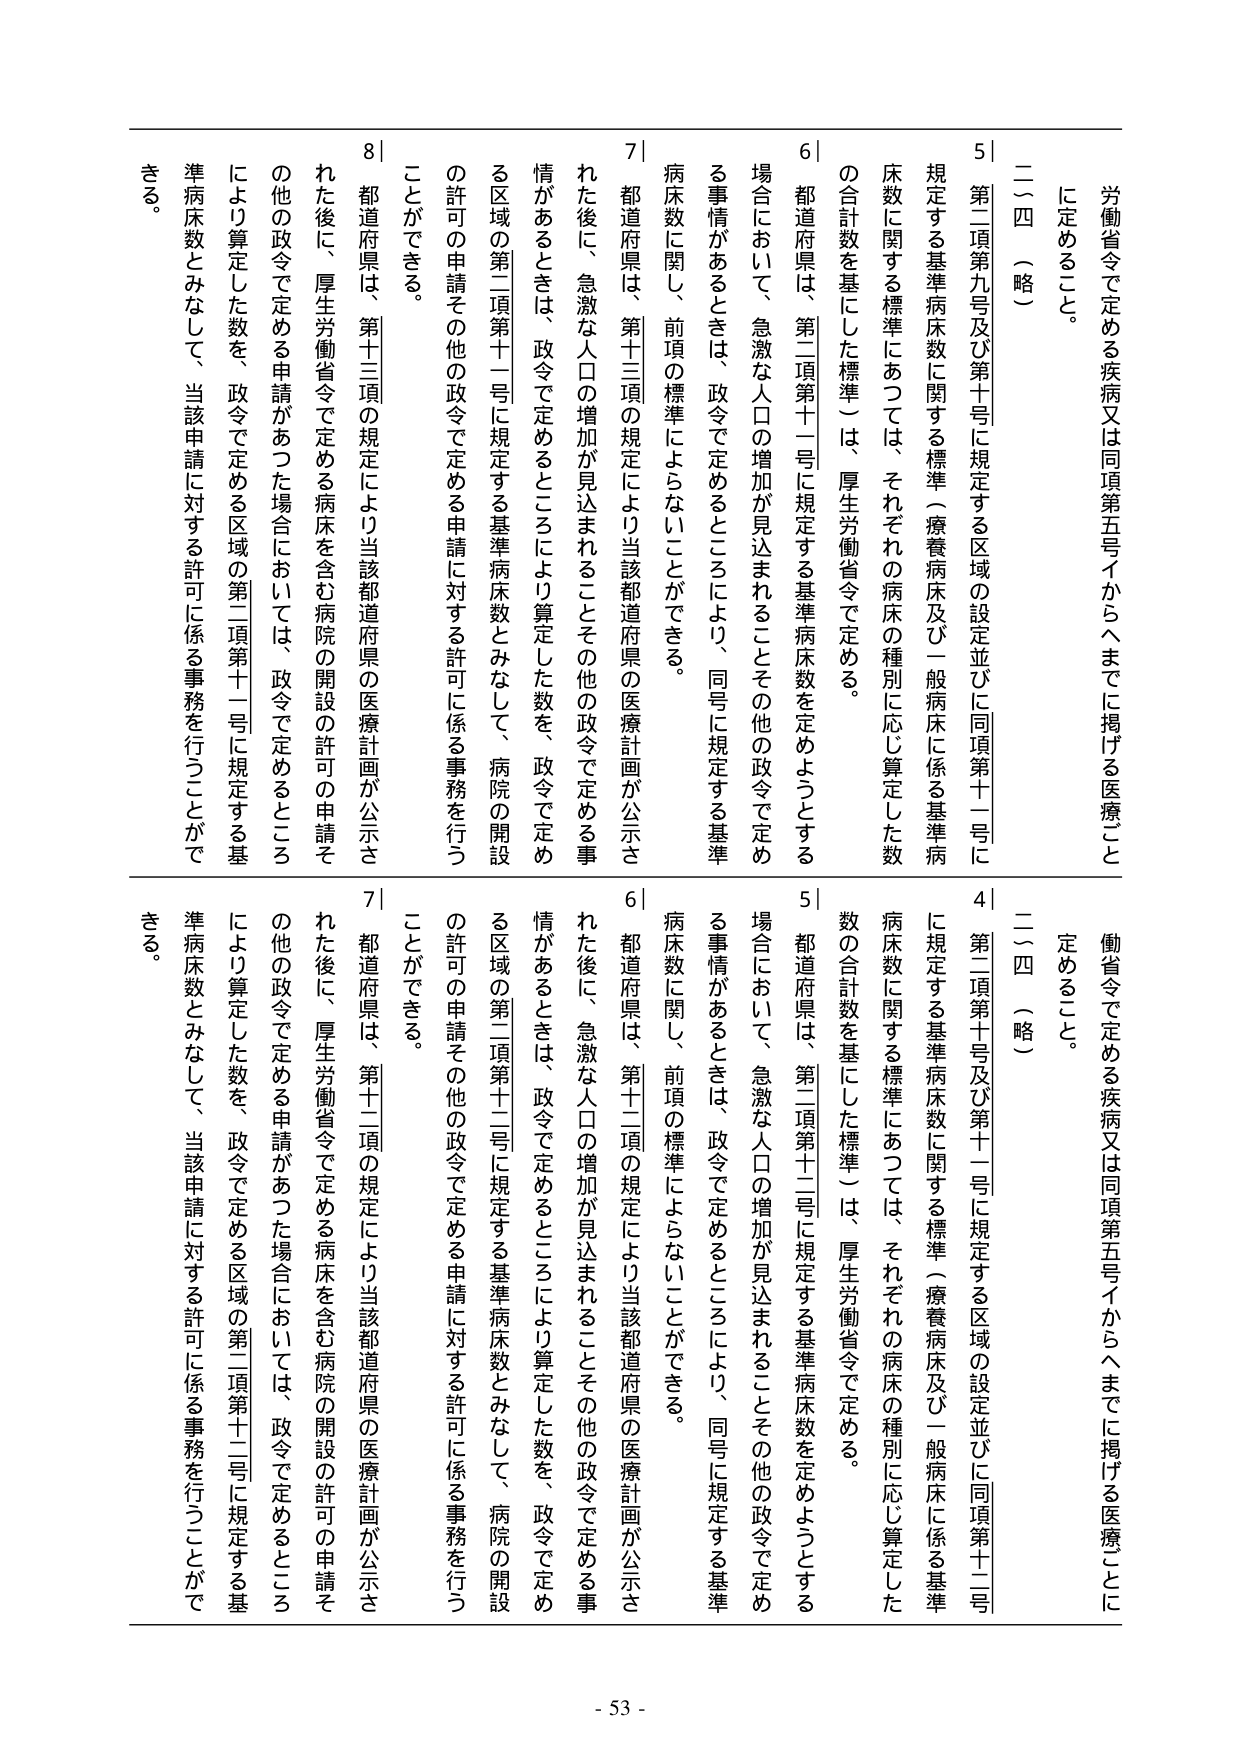
労働省令で定める疾病又は同項第五号イからヘまでに掲げる医療ごとに定めること。

二四（略）

5｜第二項第九号及び第十号に規定する区域の設定並びに同項第十一号に規定する基準病床数に関する標準（療養病床及び一般病床に係る基準病床数に関する標準にあつては、それぞれの病床の種別に応じ算定した数の合計数を基にした標準）は、厚生労働省令で定める。

6｜都道府県は、第二項第十一号に規定する基準病床数を定めようとする場合において、急激な人口の増加が見込まれることその他の政令で定める事情があるときは、政令で定めるところにより、同号に規定する基準病床数に関し、前項の標準によらないことができる。

7｜都道府県は、第十三項の規定により当該都道府県の医療計画が公示された後に、急激な人口の増加が見込まれることその他の政令で定める事情があるときは、政令で定めるところにより算定した数を、政令で定める区域の第二項第十一号に規定する基準病床数とみなして、病院の開設の許可の申請その他の政令で定める申請に対する許可に係る事務を行うことができる。

8｜都道府県は、第十三項の規定により当該都道府県の医療計画が公示された後に、厚生労働省令で定める病床を含む病院の開設の許可の申請その他の政令で定める申請があった場合においては、政令で定めるところにより算定した数を、政令で定める区域の第二項第十一号に規定する基準病床数とみなして、当該申請に対する許可に係る事務を行うことができる。

労働省令で定める疾病又は同項第五号イからヘまでに掲げる医療ごとに定めること。

二四（略）

4｜第二項第十号及び第十一号に規定する区域の設定並びに同項第十二号に規定する基準病床数に関する標準（療養病床及び一般病床に係る基準病床数に関する標準にあつては、それぞれの病床の種別に応じ算定した数の合計数を基にした標準）は、厚生労働省令で定める。

5｜都道府県は、第二項第十二号に規定する基準病床数を定めようとする場合において、急激な人口の増加が見込まれることその他の政令で定める事情があるときは、政令で定めるところにより、同号に規定する基準病床数に関し、前項の標準によらないことができる。

6｜都道府県は、第十二項の規定により当該都道府県の医療計画が公示された後に、急激な人口の増加が見込まれることその他の政令で定める事情があるときは、政令で定めるところにより算定した数を、政令で定める区域の第二項第十二号に規定する基準病床数とみなして、病院の開設の許可の申請その他の政令で定める申請に対する許可に係る事務を行うことができる。

7｜都道府県は、第十二項の規定により当該都道府県の医療計画が公示された後に、厚生労働省令で定める病床を含む病院の開設の許可の申請その他の政令で定める申請があった場合においては、政令で定めるところにより算定した数を、政令で定める区域の第二項第十二号に規定する基準病床数とみなして、当該申請に対する許可に係る事務を行うことができる。

- 53 -